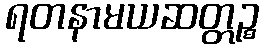
ရတနာမယဆတ္တဉ္စ